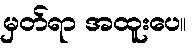
မှတ်ရာ အထူးပေ။